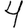
Digit: 4